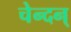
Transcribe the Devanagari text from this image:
चेन्दन्